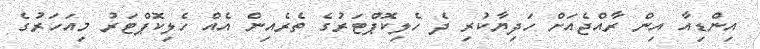
އިންޑިއާ އިން ރާއްޖެއަށް ހަދިޔާކުރި ދެ ހެލިކޮޕްޓަރުގެ ތެރެއިން އެއް ހެލިކޮޕްޓަރު މިއަހަރުގެ